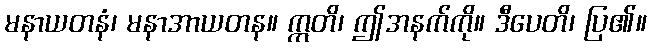
မနာယတနံ၊ မနာအာယတန။ ဣတိ၊ ဤအနက်ကို။ ဒီပေတိ၊ ပြ၏။